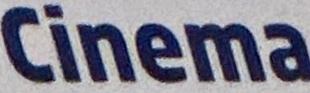
Cinema